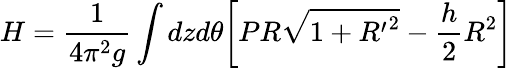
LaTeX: H=\frac{1}{4\pi^{2}g}\int dzd\theta\bigg[PR\sqrt{1+{R^{\prime}}^{2}}-\frac{h}{2}R^{2}\bigg]